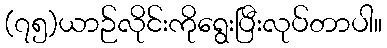
(၇၅)ယာဉ်လိုင်းကိုရွေးပြီးလုပ်တာပါ။